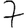
Digit: 7